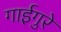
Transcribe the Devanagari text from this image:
गाईगुरे